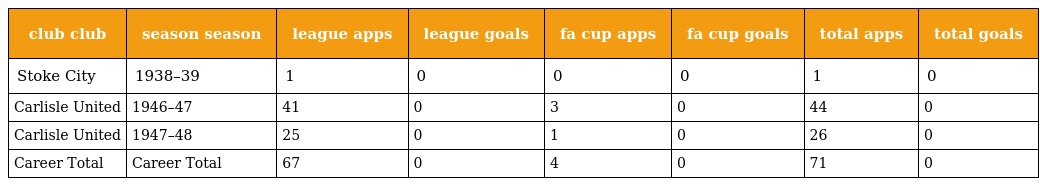
| club club | season season | league apps | league goals | fa cup apps | fa cup goals | total apps | total goals |
 | --- | --- | --- | --- | --- | --- | --- | --- |
 | Stoke City | 1938–39 | 1 | 0 | 0 | 0 | 1 | 0 |
 | Carlisle United | 1946–47 | 41 | 0 | 3 | 0 | 44 | 0 |
 | Carlisle United | 1947–48 | 25 | 0 | 1 | 0 | 26 | 0 |
 | Career Total | Career Total | 67 | 0 | 4 | 0 | 71 | 0 |